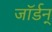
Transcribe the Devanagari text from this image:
जॉर्डन्